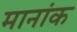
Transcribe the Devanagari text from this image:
मानांक